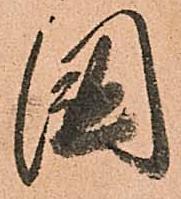
國